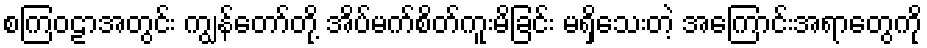
စကြဝဠာအတွင်း ကျွန်တော်တို့ အိပ်မက်စိတ်ကူးမိခြင်း မရှိသေးတဲ့ အကြောင်းအရာတွေကို